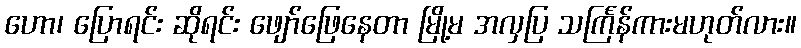
ဟော၊ ပြောရင်း ဆိုရင်း ဖျော်ဖြေနေတာ မြို့မ အလှပြ သင်္ကြန်ကားမဟုတ်လား။